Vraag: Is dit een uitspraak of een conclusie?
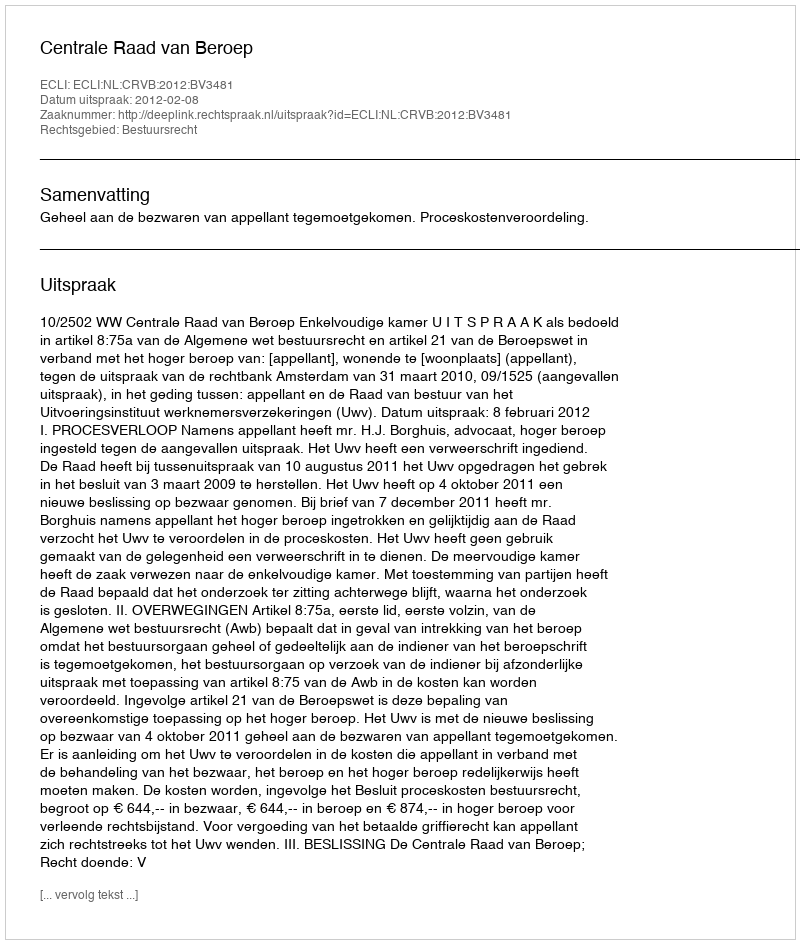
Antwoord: Uitspraak